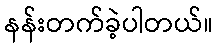
နန်းတက်ခဲ့ပါတယ်။